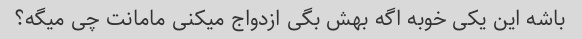
باشه این یکی خوبه اگه بهش بگی ازدواج میکنی مامانت چی میگه؟